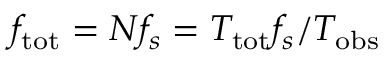
f _ { \mathrm { t o t } } = N f _ { s } = T _ { \mathrm { t o t } } f _ { s } / T _ { \mathrm { o b s } }